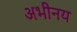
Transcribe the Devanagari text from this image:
अभीनय